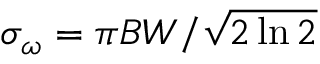
\sigma _ { \omega } = \pi B W / \sqrt { 2 \ln 2 }